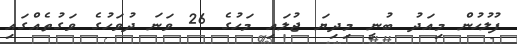
ފުލުހުން މިއަދު ބުނީ މިދިޔަ ޖުލައި މަހުގެ 26 ވަނަ ދުވަހުގެ ވަގުތެއްގައި